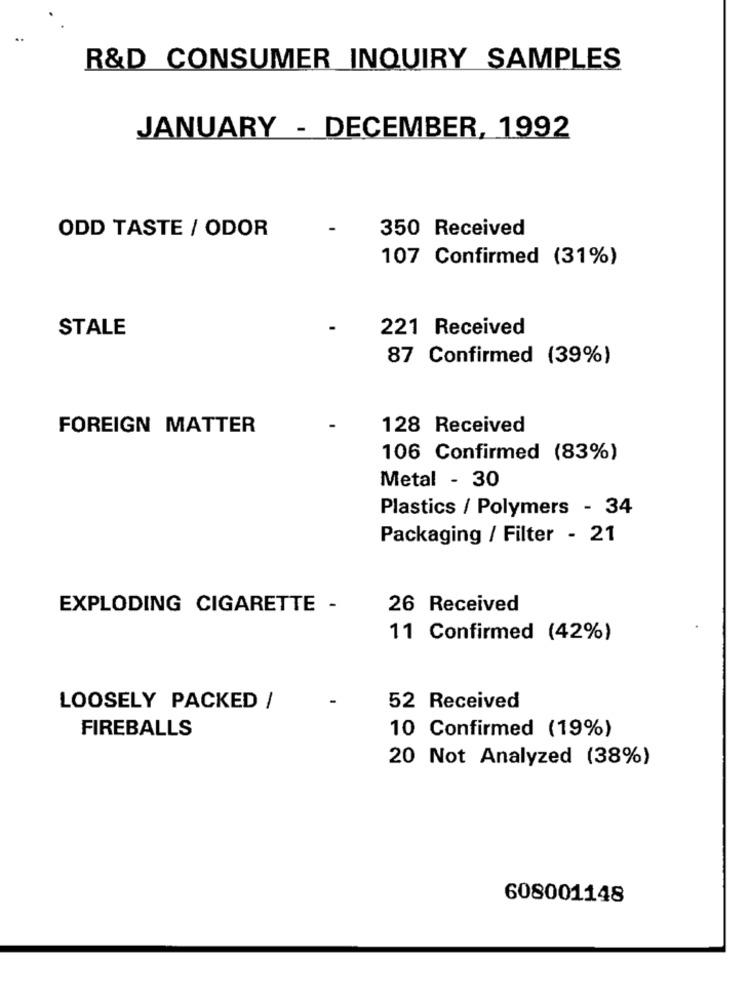
R&D CONSUMER INQUIRY SAMPLES
JANUARY - DECEMBER, 1992
350 Received
ODD TASTE / ODOR
107 Confirmed (31%)
STALE
221 Received
87 Confirmed (39%)
FOREIGN MATTER
128 Received
106 Confirmed (83%)
Metal - 30
Plastics / Polymers - 34
Packaging / Filter - 21
EXPLODING CIGARETTE -
26 Received
11 Confirmed (42%)
LOOSELY PACKED /
52 Received
FIREBALLS
10 Confirmed (19%)
20 Not Analyzed (38%)
608001148